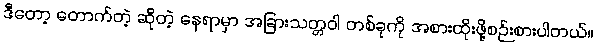
ဒီတော့ တောက်တဲ့ ဆိုတဲ့ နေရာမှာ အခြားသတ္တဝါ တစ်ခုကို အစားထိုးဖို့စဉ်းစားပါတယ်။